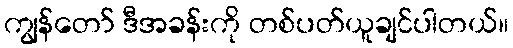
ကျွန်တော် ဒီအခန်းကို တစ်ပတ်ယူချင်ပါတယ်။